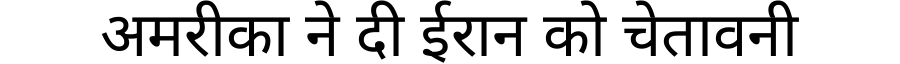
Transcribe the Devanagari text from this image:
अमरीका ने दी ईरान को चेतावनी